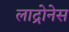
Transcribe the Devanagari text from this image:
लाद्रोनेस